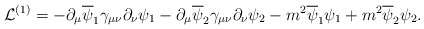
\begin{align*}{\cal L}^{(1)} = -\partial_\mu \overline \psi_1 \gamma_{\mu\nu}\partial_\nu \psi_1-\partial_\mu \overline \psi_2 \gamma_{\mu\nu}\partial_\nu \psi_2 - m^2 \overline \psi_1 \psi_1+ m^2 \overline \psi_2 \psi_2 .\end{align*}